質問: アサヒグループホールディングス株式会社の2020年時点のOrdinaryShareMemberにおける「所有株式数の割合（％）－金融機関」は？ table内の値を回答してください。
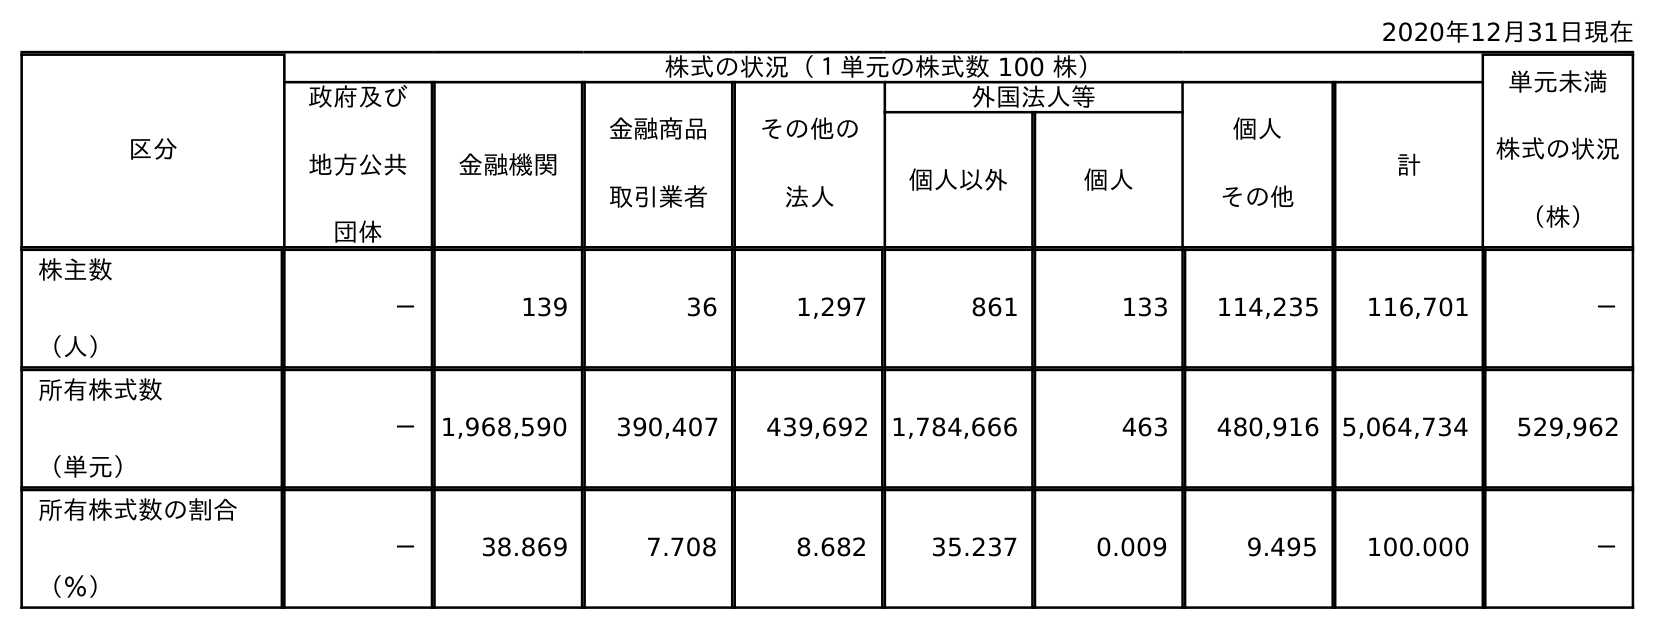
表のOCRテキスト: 2020年12月31日現在 区分 株式の状況（１単元の株式数 100 株） 単元未満 株式の状況 （株） 政府及び 地方公共 団体 金融機関 金融商品 取引業者 その他の 法人 外国法人等 個人 その他 計 個人以外 個人 株主数 （人） － 139 36 1,297 861 133 114,235 116,701 － 所有株式数 （単元） － 1,968,590 390,407 439,692 1,784,666 463 480,916 5,064,734 529,962 所有株式数の割合 （％） － 38.869 7.708 8.682 35.237 0.009 9.495 100.000 －
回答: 38.869